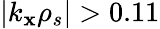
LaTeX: |k_{\mathbf{x}}\rho_{s}|>0.11